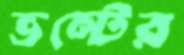
ভল্টের